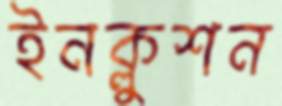
ইনক্লুশন